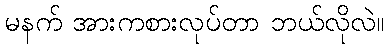
မနက် အားကစားလုပ်တာ ဘယ်လိုလဲ။